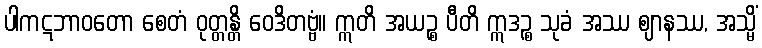
ပါကဋဘာဝတော စေတံ ဝုတ္တန္တိ ဝေဒိတဗ္ဗံ။ ဣတိ အယဉ္စ ပီတိ ဣဒဉ္စ သုခံ အဿ ဈာနဿ, အသ္မိံ